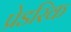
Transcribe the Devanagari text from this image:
प्रेडरिक